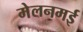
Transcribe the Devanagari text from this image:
मेलनमई